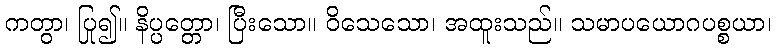
ကတွာ၊ ပြု၍။ နိပ္ပတ္တော၊ ပြီးသော။ ဝိသေသော၊ အထူးသည်။ သမာပယောဂပစ္စယာ၊